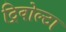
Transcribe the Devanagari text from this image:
ट्रिवोल्‍टा